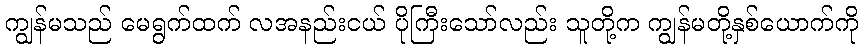
ကျွန်မသည် မေရွက်ထက် လအနည်းငယ် ပိုကြီးသော်လည်း သူတို့က ကျွန်မတို့နှစ်ယောက်ကို